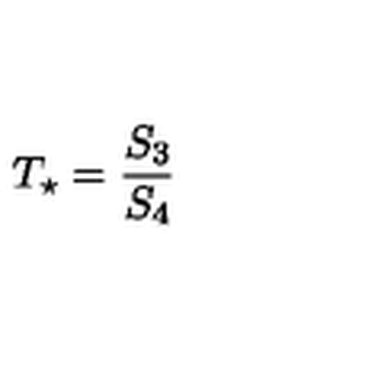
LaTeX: T _ { \star } = { \frac { S _ { 3 } } { S _ { 4 } } }